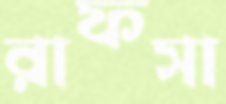
রাফসা